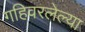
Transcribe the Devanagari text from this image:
गहिवरलेल्या